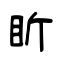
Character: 盺